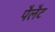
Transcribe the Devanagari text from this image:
पैलैट